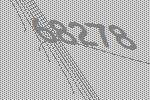
68278